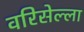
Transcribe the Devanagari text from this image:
वरिसेल्ला